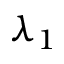
\lambda _ { 1 }